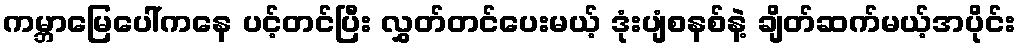
ကမ္ဘာမြေပေါ်ကနေ ပင့်တင်ပြီး လွှတ်တင်ပေးမယ့် ဒုံးပျံစနစ်နဲ့ ချိတ်ဆက်မယ့်အပိုင်း